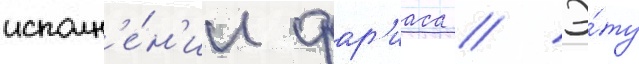
исполн'е́н'ии фар'иаса // Э́ту